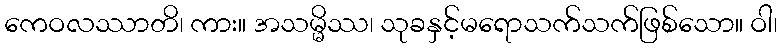
ကေဝလဿာတိ၊ ကား။ အသမ္မိဿ၊ သုခနှင့်မရောသက်သက်ဖြစ်သော။ ဝါ၊